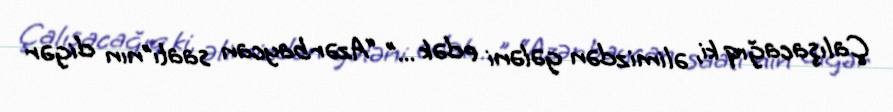
Çalışacağıq ki, əlimizdən gələni edək ...” “Azərbaycan saatı”nın digər